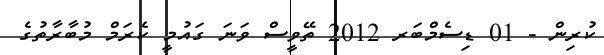
ކުރިން - 01 ޑިސެމްބަރ 2012 ތޭވީސް ވަނަ ގައުމީ ކެރަމް މުބާރާތުގެ